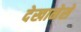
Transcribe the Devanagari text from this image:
देखानेसे